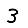
Digit: 3